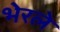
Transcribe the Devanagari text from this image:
भेरले